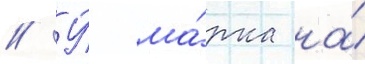
// У́ ма́рка на́